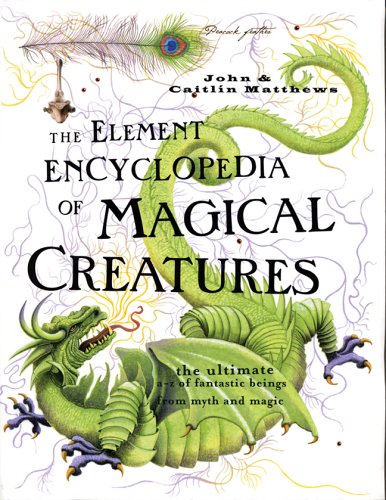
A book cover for The Element Encyclopedia of Magical Creatures: The Ultimate A-Z of Fantastic Beings From Myth and Magic; John Matthews; Reference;